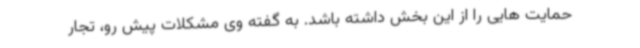
حمایت هایی را از این بخش داشته باشد. به گفته وی مشکلات پیش رو، تجار